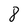
Character: 8